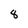
Character: 8